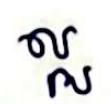
ល្អ